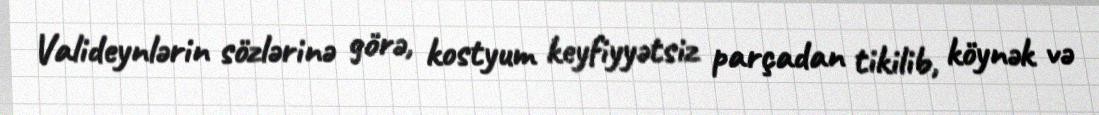
Valideynlərin sözlərinə görə, kostyum keyfiyyətsiz parçadan tikilib, köynək və